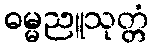
ဓမ္မညူသုတ္တံ